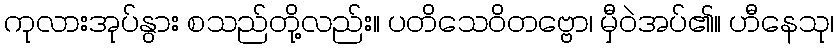
ကုလားအုပ်နွား စသည်တို့လည်း။ ပတိသေဝိတဗ္ဗော၊ မှီဝဲအပ်၏။ ဟီနေသု၊